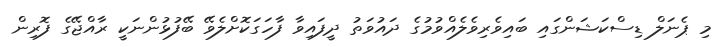
މި ޕެނަލް ޑިސްކަޝަންގައި ބައިވެރިވެލެއްވުމުގެ ދައުވަތު ދީފައިވާ ފާހަގަކޮށްލެވޭ ބޭފުޅުންނަކީ ރާއްޖޭގެ ފޮރިން